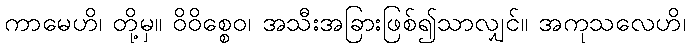
ကာမေဟိ၊ တို့မှ။ ဝိဝိစ္စေဝ၊ အသီးအခြားဖြစ်၍သာလျှင်။ အကုသလေဟိ၊